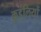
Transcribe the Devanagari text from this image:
कुडंलियों